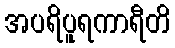
အပရိပူရကာရီတိ